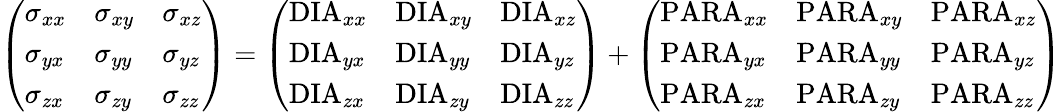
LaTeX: \left(\begin{array}{lll}{\sigma_{xx}}&{\sigma_{xy}}&{\sigma_{xz}}\\ {\sigma_{yx}}&{\sigma_{yy}}&{\sigma_{yz}}\\ {\sigma_{zx}}&{\sigma_{zy}}&{\sigma_{zz}}\end{array}\right)=\left(\begin{array}{lll}{\mathrm{DIA}_{xx}}&{\mathrm{DIA}_{xy}}&{\mathrm{DIA}_{xz}}\\ {\mathrm{DIA}_{yx}}&{\mathrm{DIA}_{yy}}&{\mathrm{DIA}_{yz}}\\ {\mathrm{DIA}_{zx}}&{\mathrm{DIA}_{zy}}&{\mathrm{DIA}_{zz}}\end{array}\right)+\left(\begin{array}{lll}{\mathrm{PARA}_{xx}}&{\mathrm{PARA}_{xy}}&{\mathrm{PARA}_{xz}}\\ {\mathrm{PARA}_{yx}}&{\mathrm{PARA}_{yy}}&{\mathrm{PARA}_{yz}}\\ {\mathrm{PARA}_{zx}}&{\mathrm{PARA}_{zy}}&{\mathrm{PARA}_{zz}}\end{array}\right)